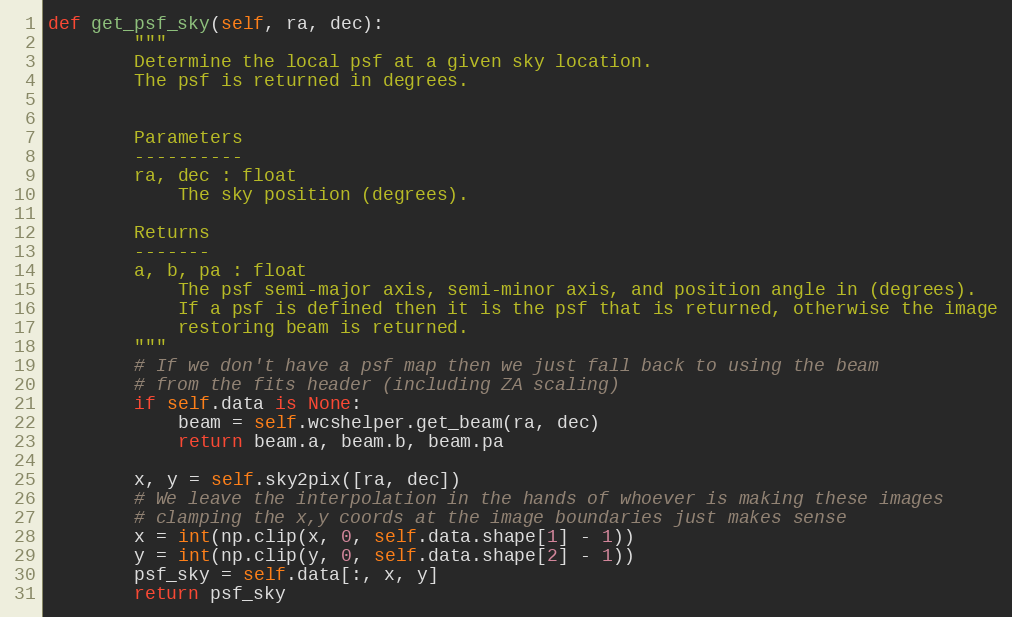
Language: Python
def get_psf_sky(self, ra, dec):
        """
        Determine the local psf at a given sky location.
        The psf is returned in degrees.

        Parameters
        ----------
        ra, dec : float
            The sky position (degrees).

        Returns
        -------
        a, b, pa : float
            The psf semi-major axis, semi-minor axis, and position angle in (degrees).
            If a psf is defined then it is the psf that is returned, otherwise the image
            restoring beam is returned.
        """
        # If we don't have a psf map then we just fall back to using the beam
        # from the fits header (including ZA scaling)
        if self.data is None:
            beam = self.wcshelper.get_beam(ra, dec)
            return beam.a, beam.b, beam.pa

        x, y = self.sky2pix([ra, dec])
        # We leave the interpolation in the hands of whoever is making these images
        # clamping the x,y coords at the image boundaries just makes sense
        x = int(np.clip(x, 0, self.data.shape[1] - 1))
        y = int(np.clip(y, 0, self.data.shape[2] - 1))
        psf_sky = self.data[:, x, y]
        return psf_sky